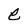
Character: e